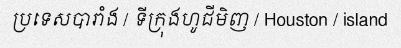
ប្រទេសបារាំង / ទីក្រុងហូជីមិញ / Houston / island